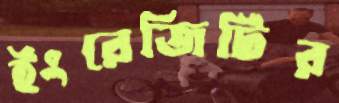
ইংরেজিটির